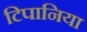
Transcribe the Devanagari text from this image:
टिपानिया